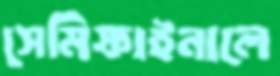
সেমিফাইনালে